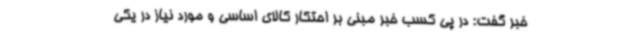
خبر گفت: در پی کسب خبر مبنی بر احتکار کالای اساسی و مورد نیاز در یکی